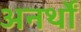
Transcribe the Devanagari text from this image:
अनर्थों